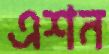
এশন